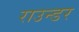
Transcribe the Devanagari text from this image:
राउन्डर